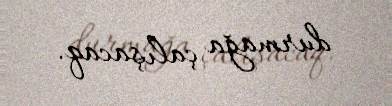
durmağa çalışacaq.